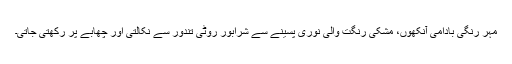
مہر رنگی بادامی آنکھوں، مشکی رنگت والی نوری پسینے سے شرابور روٹی تندور سے نکالتی اور چھابے پر رکھتی جاتی۔